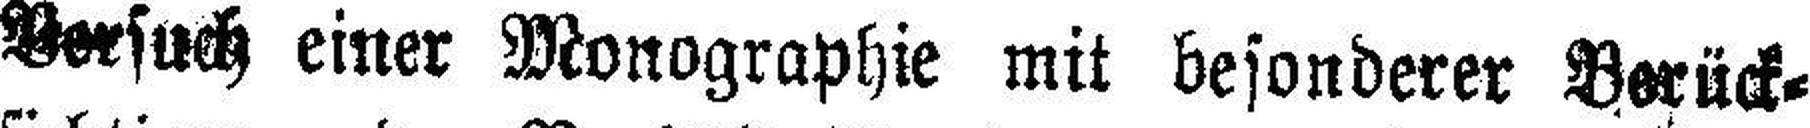
Versuch einer Monographie mit besonderer Verück¬